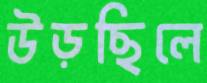
উড়ছিলে